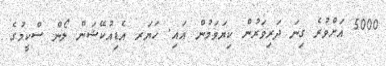
5000 އަށްވުރެ ގިނަ ދަރިވަރުން ކިޔަވަމުން އައި. ހަޔަރ އެޑިއުކޭޝަން ލޯން ސްކީމުގެ